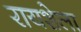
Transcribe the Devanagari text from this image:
रायशेला